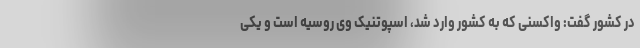
در کشور گفت: واکسنی که به کشور وارد شد، اسپوتنیک وی روسیه است و یکی